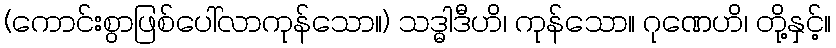
(ကောင်းစွာဖြစ်ပေါ်လာကုန်သော။) သဒ္ဓါဒီဟိ၊ ကုန်သော။ ဂုဏေဟိ၊ တို့နှင့်။